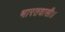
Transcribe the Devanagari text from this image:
भारतवासी।।